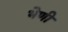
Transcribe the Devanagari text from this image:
भेणी